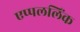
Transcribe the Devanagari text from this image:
एप्पललिंक